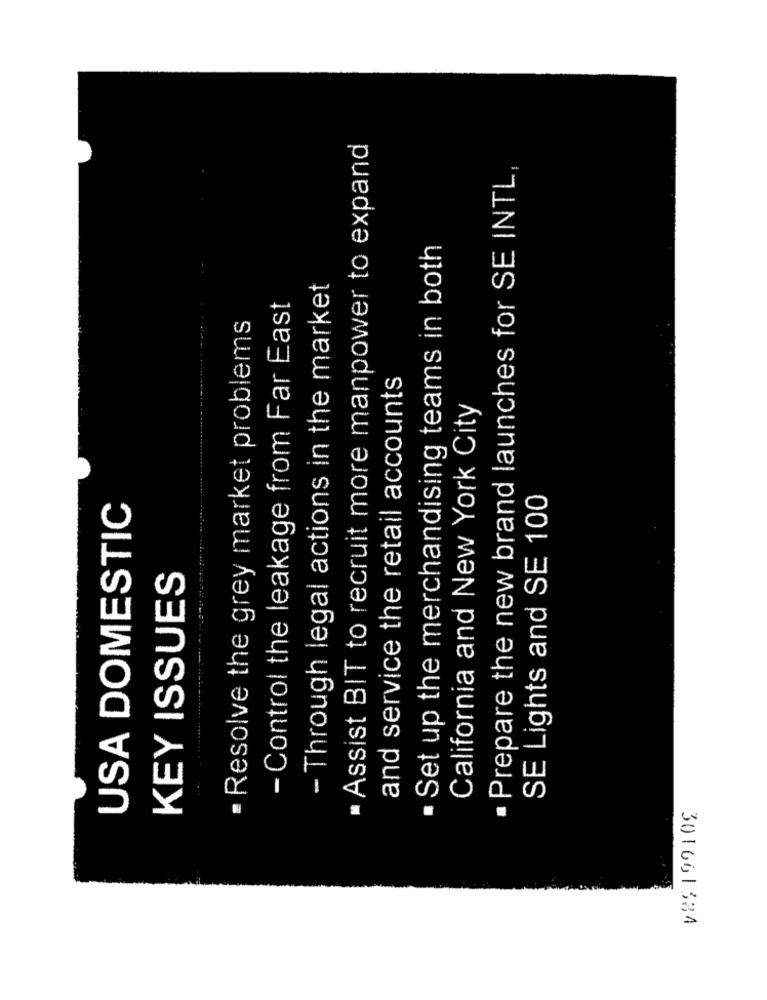
· Assist BIT to recruit more manpower to expand
Prepare the new brand launches for SE INTL,
. Set up the merchandising teams in both
- Through legal actions in the market
- Control the leakage from Far East
Resolve the grey market problems
and service the retail accounts
California and New York City
SE Lights and SE 100
USA DOMESTIC
KEY ISSUES
V85199109